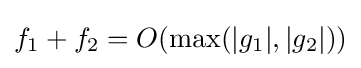
f_{1}+f_{2}=O(\max(|g_{1}|,|g_{2}|))